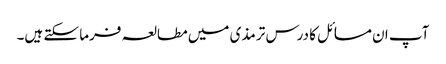
آپ ان مسائل کا درس ترمذی میں مطالعہ فرما سکتے ہیں۔